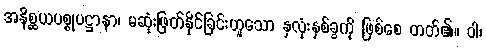
အနိစ္ဆယပစ္စုပဋ္ဌာနာ၊ မဆုံးဖြတ်နိုင်ခြင်းဟူသော နှလုံးနှစ်ခွကို ဖြစ်စေ တတ်၏။ ဝါ၊